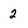
Character: 2